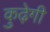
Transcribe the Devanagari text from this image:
कुढ़ेगी